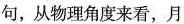
句，从物理角度来看，月